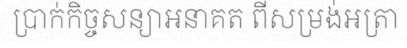
ប្រាក់កិច្ចសន្យាអនាគត ពីសម្រង់អត្រា